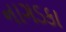
નાગડકા